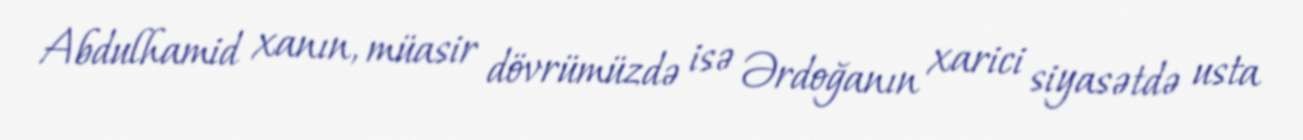
Abdulhamid xanın, müasir dövrümüzdə isə Ərdoğanın xarici siyasətdə usta